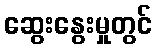
ဆွေးနွေးမှုတွင်